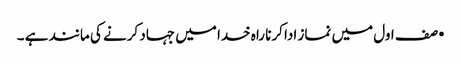
•صف اول میں نماز ادا کرنا راہ خدا میں جہاد کرنے کی مانند ہے ۔